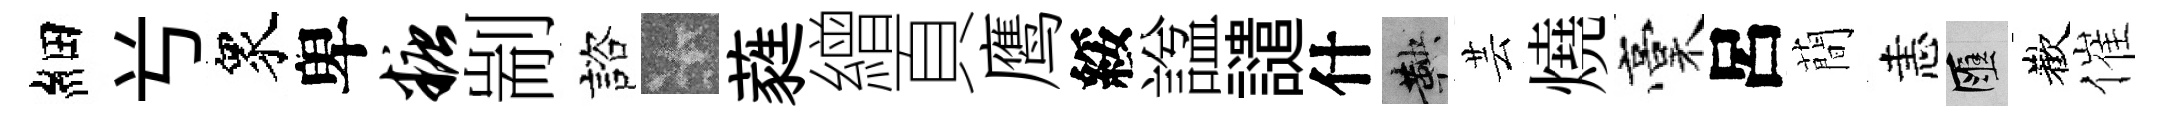
細𠔃衆卑糖剬諮卡蕤繒頁鹰綏諡譴什鞅芸燒稾呂蕳恚匯歡催